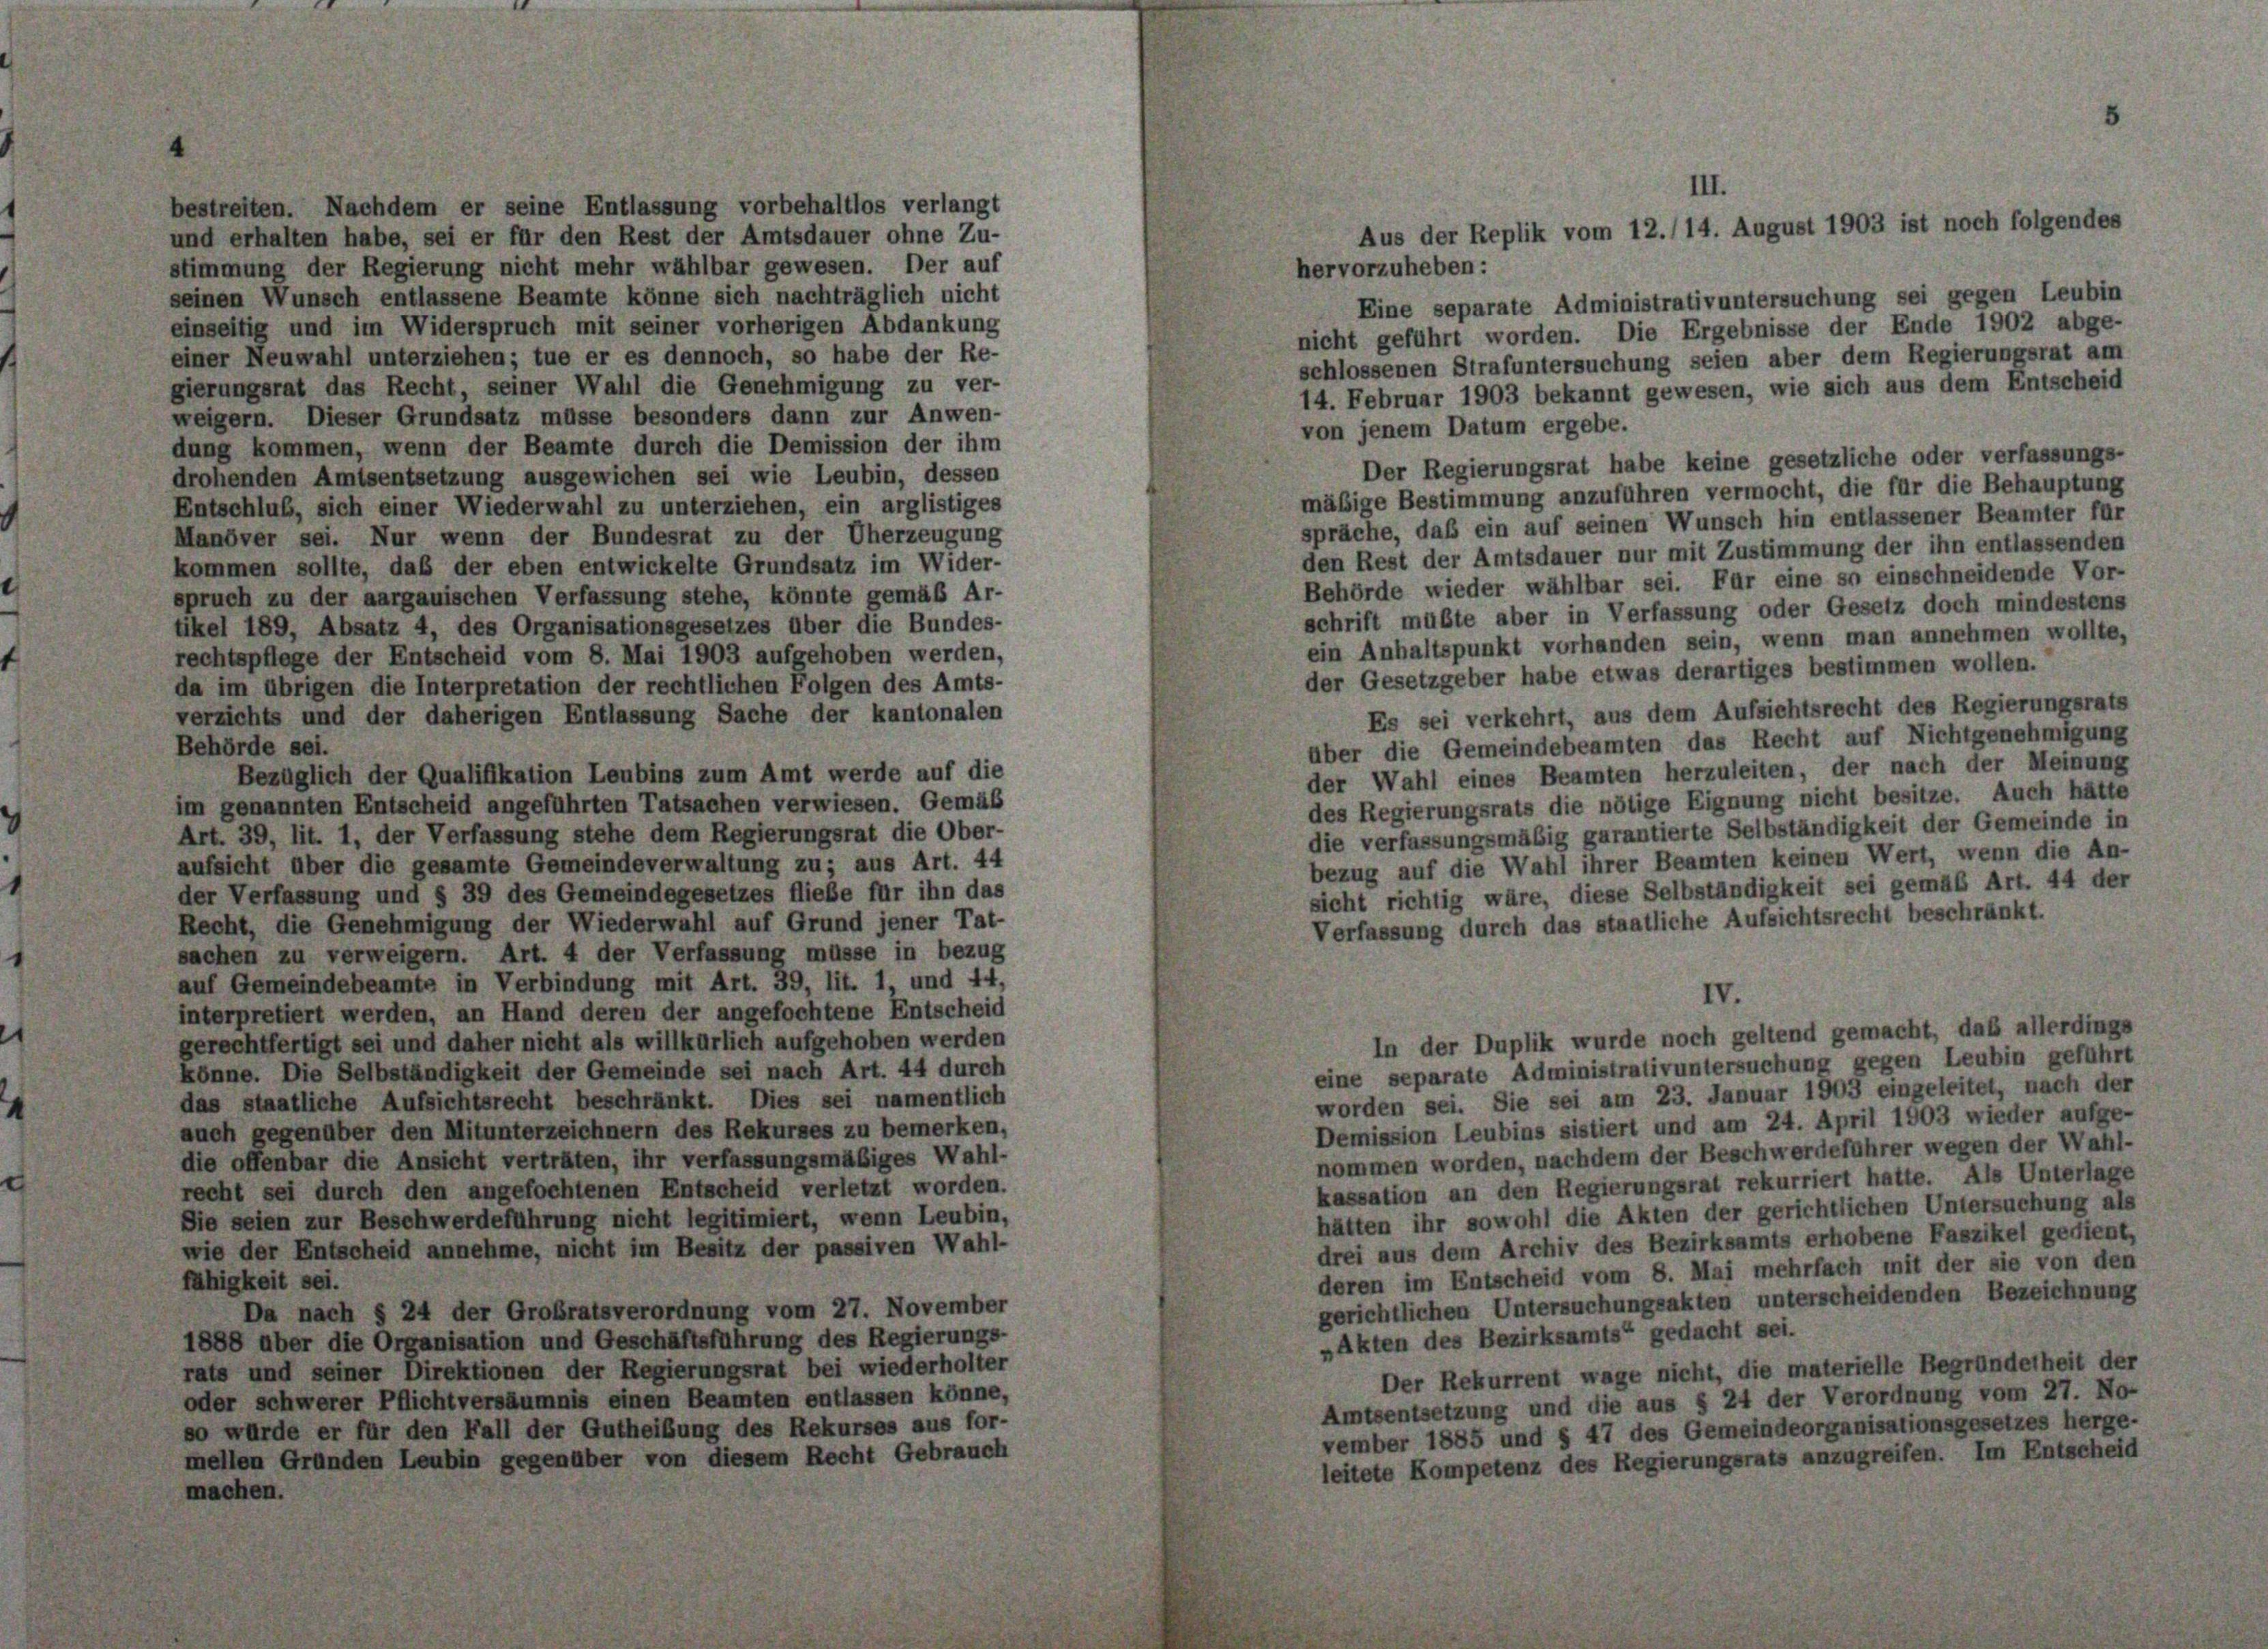
bestreiten. Nachdem er seine Entlassung vorbehaltlos verlangt
und erhalten habe, sei er für den Rest der Amtsdauer ohne Zu-
stimmung der Regierung nicht mehr wählbar gewesen. Der auf
hervorzuheben:
seinen Wunsch entlassene Beamte könne sich nachträglich nicht
Eine separate Administrativuntersuchung sei gegen Leubin
einseitig und im Widerspruch mit seiner vorherigen Abdankung
nicht geführt worden. Die Ergebnisse der Ende 1902 abge-
einer Neuwahl unterziehen; tue er es dennoch, so habe der Re-
schlossenen Strafuntersuchung seien aber dem Regierungsrat am
gierungsrat das Recht, seiner Wahl die Genehmigung zu ver-
14. Februar 1903 bekannt gewesen, wie sich aus dem Entscheid
weigern. Dieser Grundsatz müsse besonders dann zur Anwen-
von jenem Datum ergebe.
dung kommen, wenn der Beamte durch die Demission der ihm
Der Regierungsrat habe keine gesetzliche oder verfassungs-
drohenden Amtsentsetzung ausgewichen sei wie Leubin, dessen
mäßige Bestimmung anzuführen vermocht, die für die Behauptung
Entschluß, sich einer Wiederwahl zu unterziehen, ein arglistiges
spräche, daß ein auf seinen Wunsch hin entlassener Beamter für
Manöver sei. Nur wenn der Bundesrat zu der Überzeugung
den Rest der Amtsdauer nur mit Zustimmung der ihn entlassenden
kommen sollte, daß der eben entwickelte Grundsatz im Wider-
Behörde wieder wählbar sei. Für eine sn einschneidende Vor-
spruch zu der aargauischen Verfassung stehe, könnte gemäß Ar-
schrift müßte aber in Verfassung oder Gesetz doch mindestens
tikel 189, Absatz 4, des Organisationsgesetzes über die Bundes-
ein Anhaltspunkt vorhanden sein, wenn man annehmen wollte,
rechtspflege der Entscheid vom 8. Mai 1903 aufgehoben werden,
der Gesetzgeber habe etwas derartiges bestimmen wollen.
da im übrigen die Interpretation der rechtlichen Folgen des Amts-
Es sei verkehrt, aus dem Aufsichtsrecht des Regierungsrats
verzichts und der daherigen Entlassung Sache der kantonalen
über die Gemeindebeamten das Recht auf Nichtgenehmigung
Behörde sei.
der Wahl eines Beamten herzuleiten, der nach der Meinung
Bezüglich der Qualifikation Leubins zum Amt werde auf die
des Regierungsrats die nötige Eignung nicht besitze. Auch hätte
im genannten Entscheid angeführten Tatsachen verwiesen. Gemäß
die verfassungsmäßig garantierte Selbständigkeit der Gemeinde in
Art. 39, lit. 1, der Verfassung stehe dem Regierungsrat die Ober-
bezug auf die Wahl ihrer Beamten keinen Wert, wenn die An-
aufsicht über die gesamte Gemeindeverwaltung zu; aus Art. 44
sicht richtig wäre, diese Selbständigkeit sei gemäß Art. 44 der
der Verfassung und § 39 des Gemeindegesetzes fliebe für ihn das
Verfassung durch das staatliche Aufsichtsrecht beschränkt.
Recht, die Genehmigung der Wiederwahl auf Grund jener Tat-
sachen zu verweigern. Art. 4 der Verfassung müsse in bezug
auf Gemeindebeamte in Verbindung mit Art. 39, lit. 1, und 44,
IV.
interpretiert werden, an Hand deren der angefochtene Entscheid
In der Duplik wurde noch geltend gemacht, daß allerdings
gerechtfertigt sei und daher nicht als willkürlich aufgehoben werden
eine separate Administrativuntersuchung gegen Leubin geführt
könne. Die Selbständigkeit der Gemeinde sei nach Art. 44 durch
worden sei. Sie sei am 23. Januar 1903 eingeleitet, nach der
das staatliche Aufsichtsrecht beschränkt. Dies sei namentlich
Demission Leubins sistiert und am 24. April 1903 wieder aufge-
auch gegenüber den Mitunterzeichnern des Rekurses zu bemerken,
nommen worden, nachdem der Beschwerdeführer wegen der Wahl-
die offenbar die Ansicht verträten, ihr verfassungsmäßiges Wahl-
kassation an den Regierungsrat rekurriert hatte. Als Unterlage
recht sei durch den angefochtenen Entscheid verletzt worden.
hätten ihr sowohl die Akten der gerichtlichen Untersuchung als
Sie seien zur Beschwerdeführung nicht legitimiert, wenn Leubin,
drei aus dem Archiv des Bezirksamts erhobene Faszikel gedient,
wie der Entscheid annehme, nicht im Besitz der passiven Wahl-
deren im Entscheid vom 8. Mai mehrfach mit der sie von den
fähigkeit sei.
gerichtlichen Untersuchungsakten unterscheidenden Bezeichnung
Da nach § 24 der Großratsverordnung vom 27. November
»Akten des Bezirksamts“ gedacht sei.
1888 über die Organisation und Geschäftsführung des Regierungs-
rats und seiner Direktionen der Regierungsrat bei wiederholter
Der Rekurrent wage nicht, die materielle Begründetheit der
oder schwerer Pflichtversäumnis einen Beamten entlassen könne,
Amtsentsetzung und die aus § 24 der Verordnung vom 27. No-
so würde er für den Fall der Gutheibung des Rekurses aus for-
vember 1885 und § 47 des Gemeindeorganisationsgesetzes herge-
mellen Gründen Leubin gegenüber von diesem Recht Gebrauch
leitete Kompetenz des Regierungsrats anzugreifen. Im Entscheid
e
cher

III.
Aus der Replik vom 12./14. August 1903 ist noch folgendes